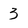
Character: 3